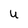
Character: U